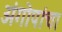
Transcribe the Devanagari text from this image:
अंगोपांचा